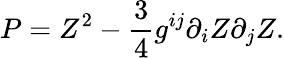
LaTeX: P=Z^{2}-{\frac{3}{4}}g^{ij}\partial_{i}Z\partial_{j}Z.